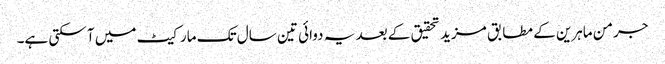
جرمن ماہرین کے مطابق مزید تحقیق کے بعد یہ دوائی تین سال تک مارکیٹ میں آ سکتی ہے۔